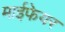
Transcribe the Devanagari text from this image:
माईफेयर